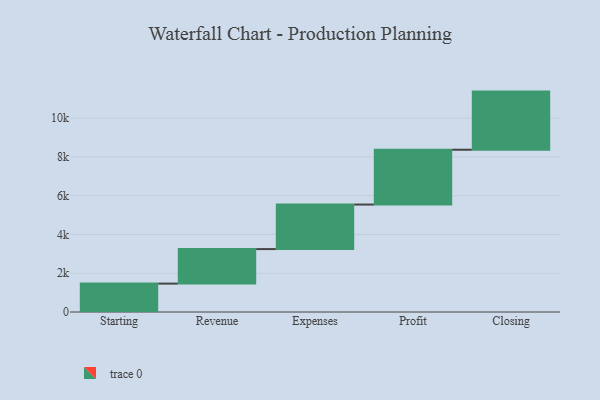
{"axis": {"x": "Step", "y": "Value"}, "legend": [""], "data": [{"x": "Starting", "y": 1465.0, "type": ""}, {"x": "Revenue", "y": 1781.0, "type": ""}, {"x": "Expenses", "y": 2298.0, "type": ""}, {"x": "Profit", "y": 2828.0, "type": ""}, {"x": "Closing", "y": 3000, "type": ""}]}